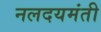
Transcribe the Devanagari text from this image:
नलदयमंती